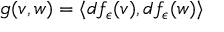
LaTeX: g ( v , w ) = \langle d f _ { \epsilon } ( v ) , d f _ { \epsilon } ( w ) \rangle